Report of the Municipal Commissioner on the plague in Bombay for the year ending 31st May... - Volume 2
Disease focus: Plague
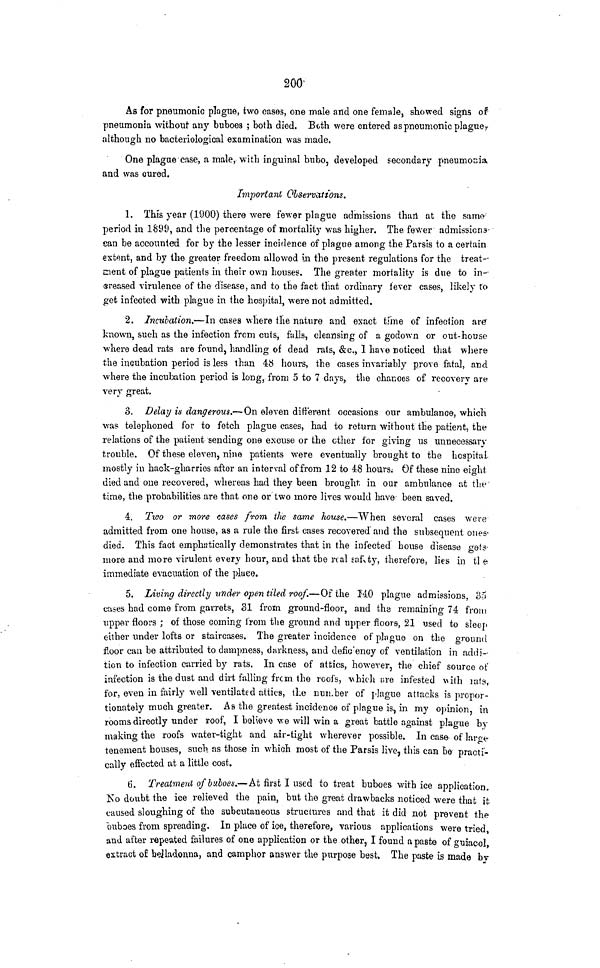
200'
As for pneumonic plague, two cases, one male and one female, showed signs of
pneumonia without any buboes ; both died. Both were entered as pneumonic plague r
although no bacteriological examination was made.
One plague case, a male, with inguinal bubo, developed secondary pneumonia
and was cured.
Important Observations.
1. This year (1900) there were fewer plague admissions than at the sanw
period in 1899, and the percentage of mortality was higher. The fewer admissicna-
san be accounted for by the lesser incidence of plague among the Parsis to a certain
extent, and by the greater freedom allowed i.n the present regulations for the treat-
ment of plague patients in their own houses. The greater mortality is due to in-
creased virulence of the disease, and to the fact tliat ordinary fever cases, likely to
get infected with plague in the hospital, were not admitted.
2. Incubation.—In cases where the nature and exact time of infection are
known, such as the infection from cuts, falls, cleansing of a godown or out-house
where dead rats are found, handling of dead rats, &c., 1 have noticed that where
the incubation period is less than 48 hours, the cases invariably prove fatal, and
where the incubation period is long, from 5 to 7 days, the chances of recovery are
very great.
3. Delay is dangerous.*—On eleven different occasions our ambulance, which
was telephoned for to fetch plagne cases, had to return without the patient, the
relations of the patient sending one excuse or the other for giving us unnecessary
trouble. Of these eleven, nine patients were eventually brought to the hospital
mostly iu hack-gharries after an interval of from 12 to 48 hours. Of these nine eight
died and one recovered, whereas had they been brought, in our ambulance at the
time, the probabilities are that one or two more lives would have- been saved.
4. Two or more cases from tlie same house.—When several cases were
admitted from one house, as a rule the first cases recovered" and the subsequent ones-
died. This fact emphatically demonstrates that in the infected bouse disease gets-
more and more virulent every hour, and that tbe real safety, therefore, lies in tl e
immediate evacuation of the plaee.
5. Living directly under open tiled roof.—Of the 140 plague admissions, 35
cases had come from garrets, 31 from ground-floor, and ths remaining 74 from
upper floors ; of those coming from the ground and upper floors, 21 used to sleep
either under lofts or staircases. Thegreaterincider.ee of plague on the ground
floor can be attributed to dampness, darkness, and defic'ency of ventilation in addi-
tion to infection carried by rats. In case of attics, however, the chief source of
infection is the dust and dirt falling from the roofs, \\hichtire infested vith iats,
for, even in fairly well ventilated attics, the nun.ber of plague attacks is propor-
tionately much greater. As the greatest incidence of plague is, in my opinion, in
rooms directly under roof, I believe we will win a great battle against plague by
making the roofs water-tight and air-tight wherever possible. In case of laroe
tenement houses, such, as those in which most of the Parsis live, this can be practi-
cally effected at a little cost.
6. Treatment of buboes.—At first I used to treat buboes with ice application,
Ko doubt the ice relieved the pain, but the great drawbacks noticed were that it
caused sloughing of the subcutaneous structures and that it did not prevent the
buboes from spreading. In place of ice, therefore, various applications were tried,
and after repeated failures of one application or the other, I found a paste of guiacol,
extract of belladonna, and camphor answer the purpose best. The paste is made by